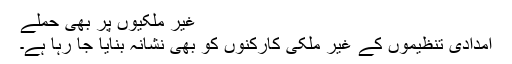
غیر ملکیوں پر بھی حملے
امدادی تنظیموں کے غیر ملکی کارکنوں کو بھی نشانہ بنایا جا رہا ہے۔